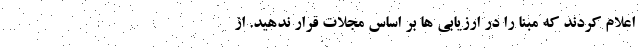
اعلام کردند که مبنا را در ارزیابی ها بر اساس مجلات قرار ندهید. از